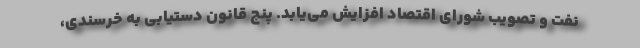
نفت و تصویب شورای اقتصاد افزایش می‌یابد. پنج قانونِ دستیابی به خرسندی،